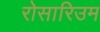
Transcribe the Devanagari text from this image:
रोसारिउम